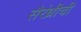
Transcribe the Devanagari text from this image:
सैरंध्रीची